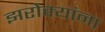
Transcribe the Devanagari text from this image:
झरोक्यांना